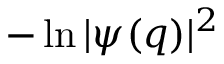
- \ln | \psi ( q ) | ^ { 2 }